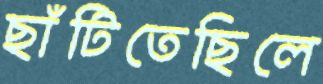
ছাঁটিতেছিলে